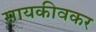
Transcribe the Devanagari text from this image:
सायकीवकर